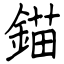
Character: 錨